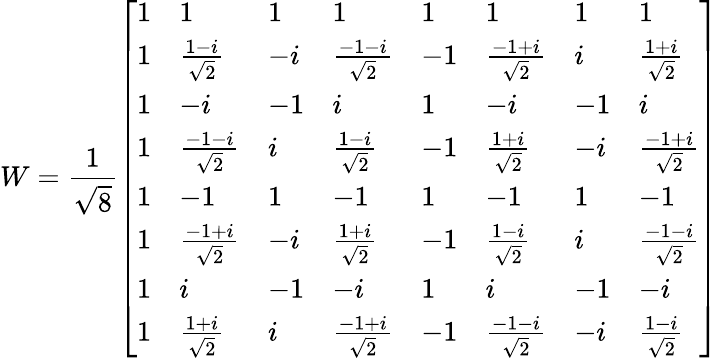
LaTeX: W={\frac{1}{\sqrt{8}}}{\left[\begin{array}{llllllll}{1}&{1}&{1}&{1}&{1}&{1}&{1}&{1}\\ {1}&{{\frac{1-i}{\sqrt{2}}}}&{-i}&{{\frac{-1-i}{\sqrt{2}}}}&{-1}&{{\frac{-1+i}{\sqrt{2}}}}&{i}&{{\frac{1+i}{\sqrt{2}}}}\\ {1}&{-i}&{-1}&{i}&{1}&{-i}&{-1}&{i}\\ {1}&{{\frac{-1-i}{\sqrt{2}}}}&{i}&{{\frac{1-i}{\sqrt{2}}}}&{-1}&{{\frac{1+i}{\sqrt{2}}}}&{-i}&{{\frac{-1+i}{\sqrt{2}}}}\\ {1}&{-1}&{1}&{-1}&{1}&{-1}&{1}&{-1}\\ {1}&{{\frac{-1+i}{\sqrt{2}}}}&{-i}&{{\frac{1+i}{\sqrt{2}}}}&{-1}&{{\frac{1-i}{\sqrt{2}}}}&{i}&{{\frac{-1-i}{\sqrt{2}}}}\\ {1}&{i}&{-1}&{-i}&{1}&{i}&{-1}&{-i}\\ {1}&{{\frac{1+i}{\sqrt{2}}}}&{i}&{{\frac{-1+i}{\sqrt{2}}}}&{-1}&{{\frac{-1-i}{\sqrt{2}}}}&{-i}&{{\frac{1-i}{\sqrt{2}}}}\end{array}\right]}